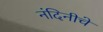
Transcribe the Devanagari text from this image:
नंदिनीचे